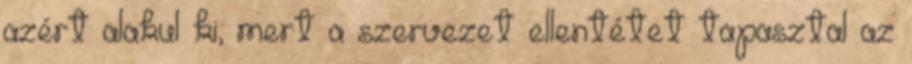
azért alakul ki, mert a szervezet ellentétet tapasztal az